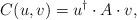
LaTeX: \begin{align*}C(u,v)=u^{\dagger}\cdot A\cdot v,\end{align*}